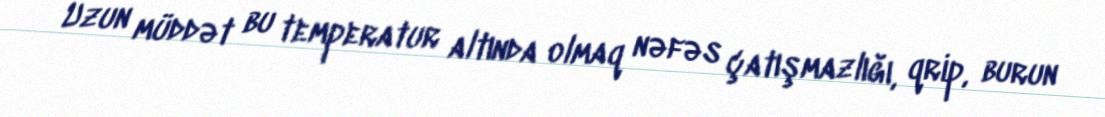
Uzun müddət bu temperatur altında olmaq nəfəs çatışmazlığı, qrip, burun